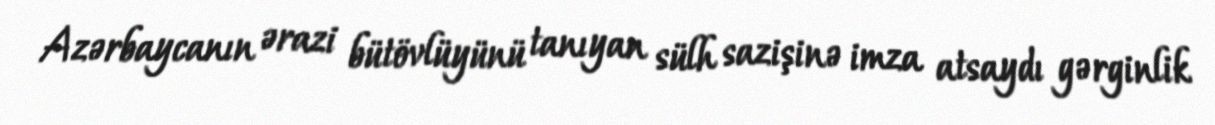
Azərbaycanın ərazi bütövlüyünü tanıyan sülh sazişinə imza atsaydı gərginlik